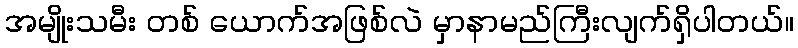
အမျိုးသမီး တစ် ယောက်အဖြစ်လဲ မှာနာမည်ကြီးလျက်ရှိပါတယ်။